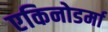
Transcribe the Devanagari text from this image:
एकिनोडर्मा